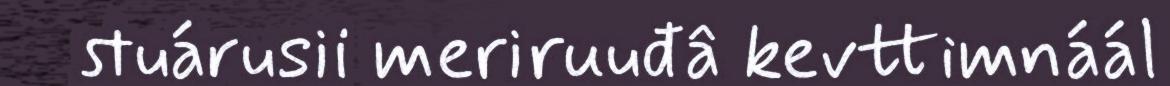
stuárusii meriruuđâ kevttimnáál